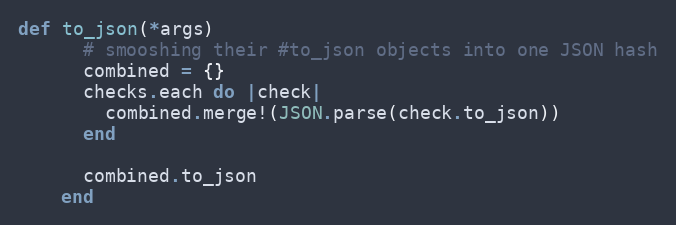
Language: Ruby
def to_json(*args)
      # smooshing their #to_json objects into one JSON hash
      combined = {}
      checks.each do |check|
        combined.merge!(JSON.parse(check.to_json))
      end

      combined.to_json
    end